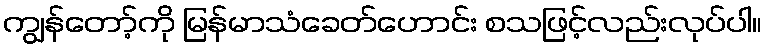
ကျွန်တော့်ကို မြန်မာသံခေတ်ဟောင်း စသဖြင့်လည်းလုပ်ပါ။